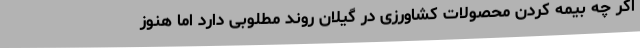
اگر چه بیمه کردن محصولات کشاورزی در گیلان روند مطلوبی دارد اما هنوز